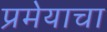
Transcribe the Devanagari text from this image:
प्रमेयाचा